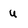
Character: U